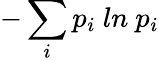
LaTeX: -\sum_{i}p_{i}\mathrm{~}ln\mathrm{~}p_{i}